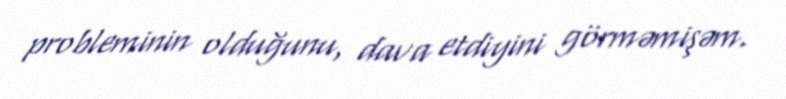
probleminin olduğunu, dava etdiyini görməmişəm.